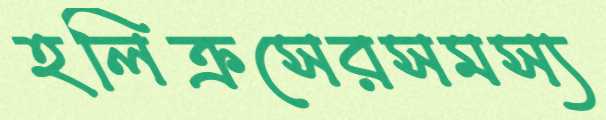
হলিক্রসেরসমস্য